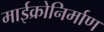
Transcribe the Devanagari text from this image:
माईक्रोनिर्माण